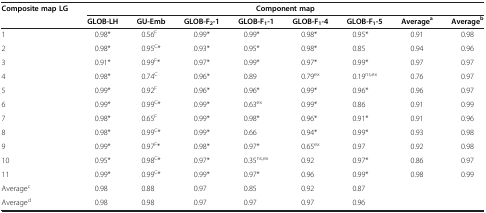
| Composite map LG | <COLSPAN=8> Component map |
 |  | GLOB-LH | GU-Emb | GLOB-F2-1 | GLOB-F1-1 | GLOB-F1-4 | GLOB-F1-5 | Averagea | Averageb |
 | --- | --- | --- | --- | --- | --- | --- | --- | --- |
 | 1 | 0.98* | 0.56F | 0.99* | 0.99* | 0.98* | 0.95* | 0.91 | 0.98 |
 | 2 | 0.98* | 0.95C* | 0.93* | 0.95* | 0.98* | 0.85 | 0.94 | 0.96 |
 | 3 | 0.91* | 0.99F* | 0.97* | 0.99* | 0.97* | 0.99* | 0.97 | 0.97 |
 | 4 | 0.98* | 0.74C | 0.96* | 0.89 | 0.79ex | 0.19ns,ex | 0.76 | 0.97 |
 | 5 | 0.99* | 0.92F | 0.96* | 0.96* | 0.99* | 0.96* | 0.96 | 0.97 |
 | 6 | 0.99* | 0.99C* | 0.99* | 0.63ex | 0.99* | 0.86 | 0.91 | 0.99 |
 | 7 | 0.98* | 0.65F | 0.99* | 0.98* | 0.96* | 0.91* | 0.91 | 0.96 |
 | 8 | 0.98* | 0.99C* | 0.99* | 0.66 | 0.94* | 0.99* | 0.93 | 0.98 |
 | 9 | 0.99* | 0.97F* | 0.98* | 0.97* | 0.65ex | 0.97 | 0.92 | 0.98 |
 | 10 | 0.95* | 0.98C* | 0.97* | 0.35ns,ex | 0.92 | 0.97* | 0.86 | 0.97 |
 | 11 | 0.99* | 0.99C* | 0.99* | 0.97* | 0.96 | 0.99* | 0.98 | 0.99 |
 | Averagec | 0.98 | 0.88 | 0.97 | 0.85 | 0.92 | 0.87 |  |  |
 | Averaged | 0.98 | 0.98 | 0.97 | 0.97 | 0.97 | 0.96 |  |  |